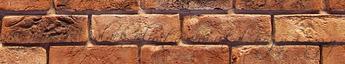
jellemzik. A palack felirata arra utal, hogy a nagy